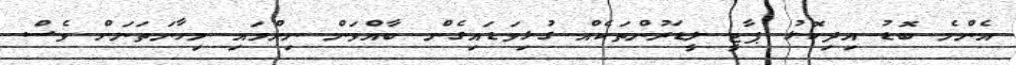
އެންމެ ބޮޑު އިދިކޮޅު ޕާޓީ ލީޑަރުންތަކެއް ގުޅިވަޑައިގެން ބާއްވަން ނިންމައި މިހާނަތަނަށް ވެސް